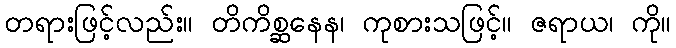
တရားဖြင့်လည်း။ တိကိစ္ဆနေန၊ ကုစားသဖြင့်။ ဇရာယ၊ ကို။